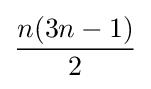
{\frac {n(3n-1)}{2}}